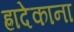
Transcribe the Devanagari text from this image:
ह्रादेकाना